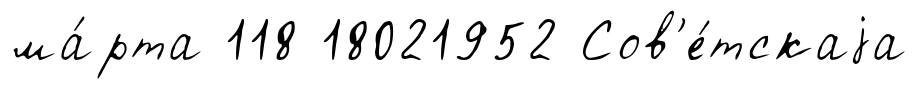
ма́рта 118 18021952 Сов'е́тскаjа